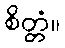
စိတ္တံ။